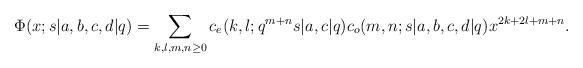
LaTeX: \begin{align*}\Phi(x;s|a,b,c,d|q)= \sum_{k,l,m,n\geq 0} c_e(k,l;q^{m+n}s|a,c|q) c_o(m,n;s|a,b,c,d|q)x^{2k+2l+m+n}.\end{align*}